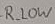
Text: R_LOW